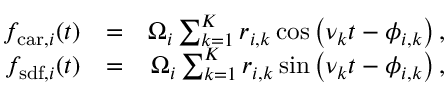
\begin{array} { r l r } { f _ { \mathrm { c a r } , i } ( t ) } & { = } & { \Omega _ { i } \sum _ { k = 1 } ^ { K } r _ { i , k } \cos \left( \nu _ { k } t - \phi _ { i , k } \right) , } \\ { f _ { \mathrm { s d f } , i } ( t ) } & { = } & { \Omega _ { i } \sum _ { k = 1 } ^ { K } r _ { i , k } \sin \left( \nu _ { k } t - \phi _ { i , k } \right) , } \end{array}